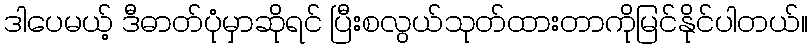
ဒါပေမယ့် ဒီဓာတ်ပုံမှာဆိုရင် ပြီးစလွယ်သုတ်ထားတာကိုမြင်နိုင်ပါတယ်။